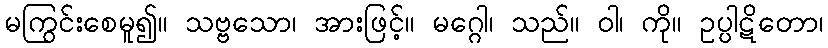
မကြွင်းစေမူ၍။ သဗ္ဗသော၊ အားဖြင့်။ မဂ္ဂေါ၊ သည်။ ဝါ၊ ကို။ ဥပ္ပါဋိတော၊